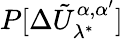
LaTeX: P[\Delta\tilde{U}_{\lambda^{*}}^{\alpha,\alpha^{\prime}}]